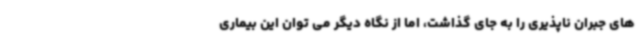
های جبران ناپذیری را به جای گذاشت، اما از نگاه دیگر می توان این بیماری